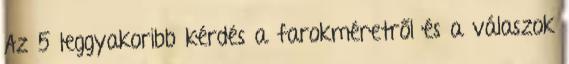
Az 5 leggyakoribb kérdés a farokméretről és a válaszok